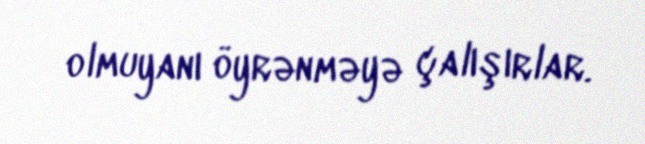
olmuyanı öyrənməyə çalışırlar.